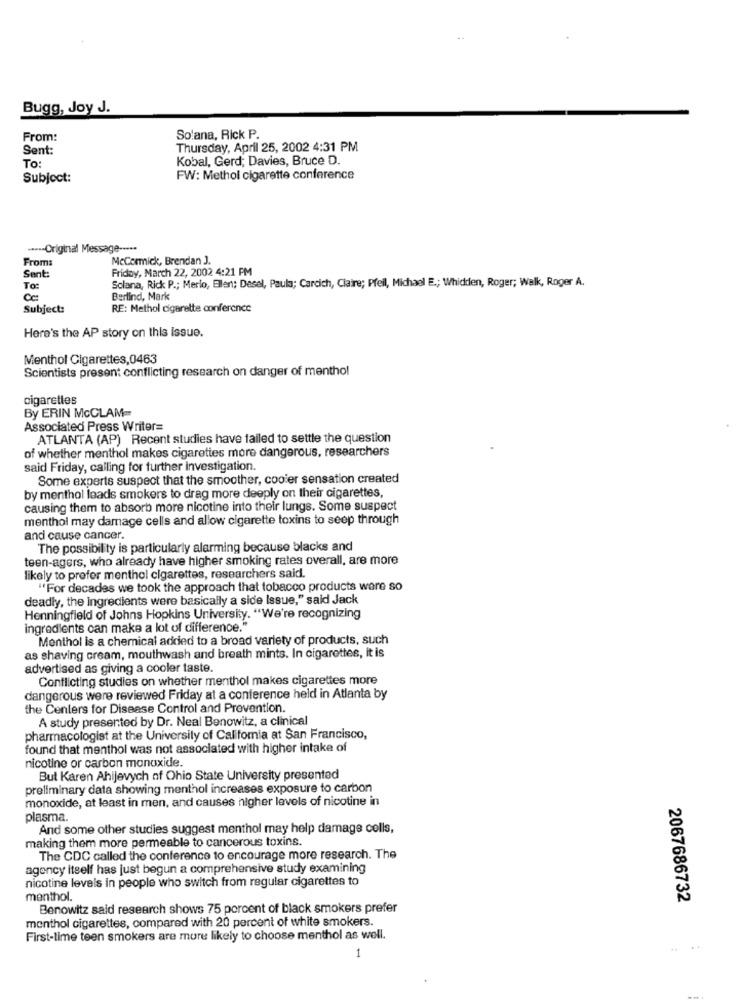
Bugg, Joy J.
From:
Solana, Rick P.
Sent:
Thursday, April 25, 2002 4:31 PM
Kobal, Gerd; Davies, Bruce D.
To:
Subject:
FW: Methol cigarette conference
····- Original Message ---··
From:
McCormick, Brendan J.
Friday, March 22, 2002 4:21 PM
Sent:
Solana, Rick P .; Merlo, Ellen; Desel, Paula; Carcich, Claire; Pfeil, Michael E .; Whidden, Roger; Walk, Roger A.
To:
Berlind, Mark
Subject:
RE: Methol cigarette conference
Here's the AP story on this issue.
Menthol Cigarettes,0463
Scientists present conflicting research on danger of menthol
cigarettes
By ERIN McCLAM=
Associated Press Writer=
ATLANTA (AP) Recent studies have failed to settle the question
of whether menthol makes cigarettes more dangerous, researchers
said Friday, calling for further Investigation.
Some experts suspect that the smoother, cooler sensation created
by menthol leads smokers to drag more deeply on their cigarettes,
causing them to absorb more nicotine into their lungs. Some suspect
menthol may damage cells and allow cigarette toxins to seep through
and cause cancer.
The possibility is particularly alarming because blacks and
teen-agers, who already have higher smoking rates overall, are more
likely to prefer menthol cigarettes, researchers said.
"For decades we took the approach that tobacco products ware so
deadly, the ingredients were basically a side Issue," said Jack
Henningfield of Johns Hopkins University. "We're recognizing
ingredients can make a lot of difference."
Menthol is a chemical added to a broad variety of products, such
as shaving cream, mouthwash and breath mints. In cigarettes, it is
advertised as giving a cooler taste.
Conflicting studies on whether menthol makes cigarettes more
dangerous were reviewed Friday at a conference held in Atlanta by
the Centers for Disease Control and Prevention.
A study presented by Dr. Neal Benowitz, a clinical
pharmacologist at the University of California at San Francisco,
found that menthol was not associated with higher intake of
nicotine or carbon monoxide.
Bul Karen Ahijevych of Ohio State University presented
preliminary data showing menthol increases exposure to carbon
monoxide, at least in men, and causes higher levels of nicotine in
plasma.
And some other studies suggest menthol may help damage cells,
making them more permeable to cancerous toxins.
The CDC called the conference to encourage more research. The
agency itself has just begun a comprehensive study examining
nicotine levels in people who switch from regular cigarettes to
menthol.
2067686732
Benowitz said research shows 75 porcent of black smokers prefer
menthol cigarettes, compared with 20 percent of white smokers.
First-time teen smokers are more likely to choose menthol as well.
1